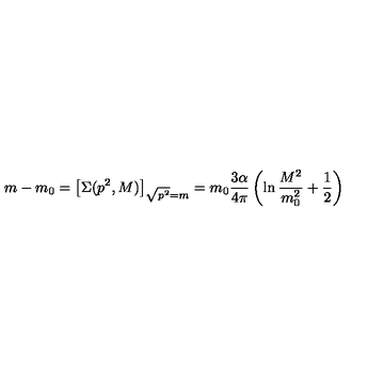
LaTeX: m - m _ { 0 } = \left[ \Sigma ( p ^ { 2 } , M ) \right] _ { \sqrt { p ^ { 2 } } = m } = m _ { 0 } \frac { 3 \alpha } { 4 \pi } \left( \ln \frac { M ^ { 2 } } { m _ { 0 } ^ { 2 } } + \frac { 1 } { 2 } \right)